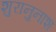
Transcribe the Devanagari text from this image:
शुरानुनाश